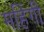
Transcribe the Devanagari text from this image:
महिंगी